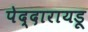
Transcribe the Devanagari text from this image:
पेद्दारायडू